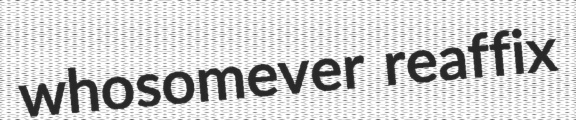
whosomever reaffix